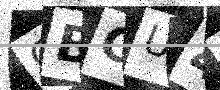
Text: CBCU44